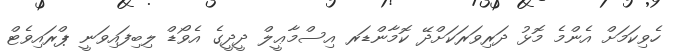
ހެވިކަމަށް އެންމެ މޮޅު ދަރިވަރަކަށްދޭ ކޮމާންޑަރ އިސްމާޢީލް ދީދީގެ އެވޯޑް ލިބިފައިވަނީ ޕްރައިވެޓް